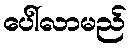
ပေါ်လာမည်